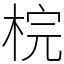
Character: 梡